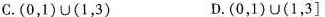
C.$$( 0 ，1 ) \cup ( 1 ，3) $$D.$$( 0 ，1) \cup ( 1，3 ]$$